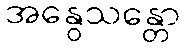
အနွေသန္တော